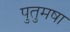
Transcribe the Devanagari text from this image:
पुतुमषा